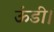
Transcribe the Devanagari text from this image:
ऊंडी।